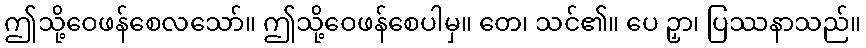
ဤသို့ဝေဖန်စေလသော်။ ဤသို့ဝေဖန်စေပါမှ။ တေ၊ သင်၏။ ပေ ဉှာ၊ ပြဿနာသည်။